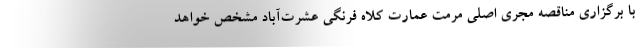
با برگزاری مناقصه مجری اصلی مرمت عمارت کلاه فرنگی عشرت‌آباد مشخص خواهد